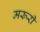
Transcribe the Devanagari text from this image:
मरूरी